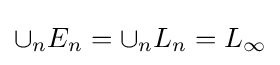
\cup _{n}E_{n}=\cup _{n}L_{n}=L_{\infty }